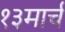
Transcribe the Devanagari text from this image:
१३मार्च